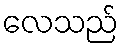
လေသည်